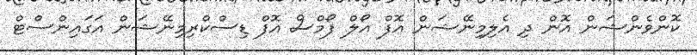
ކޮންވެންޝަން އޮން ދި އެލިމިނޭޝަން އޮފް އޯލް ފޯމްސް އޮފް ޑިސްކްރިމިނޭޝަން އަގައިންސްޓް